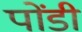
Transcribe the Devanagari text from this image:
पोंडी